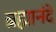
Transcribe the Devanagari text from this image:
ब्रह्मानंदें